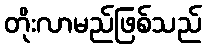
တိုးလာမည်ဖြစ်သည်